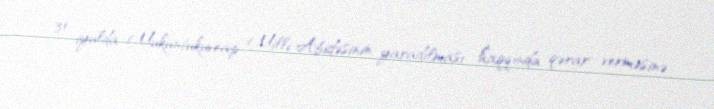
31 iyulda Mukuntukuveap Milli Abidəsinin yaradılması haqqında qərar verməsinə